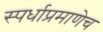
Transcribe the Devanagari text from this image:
स्पर्धाप्रमाणेच